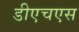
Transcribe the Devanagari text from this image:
डीएचएस